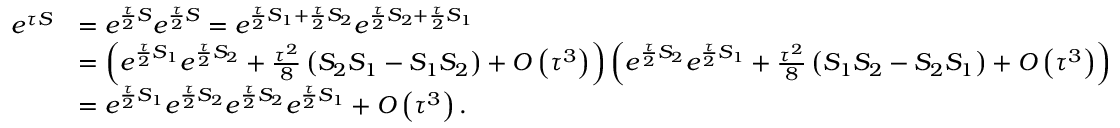
\begin{array} { r l } { e ^ { \tau S } } & { = e ^ { \frac { \tau } { 2 } S } e ^ { \frac { \tau } { 2 } S } = e ^ { \frac { \tau } { 2 } S _ { 1 } + \frac { \tau } { 2 } S _ { 2 } } e ^ { \frac { \tau } { 2 } S _ { 2 } + \frac { \tau } { 2 } S _ { 1 } } } \\ & { = \left( e ^ { \frac { \tau } { 2 } S _ { 1 } } e ^ { \frac { \tau } { 2 } S _ { 2 } } + \frac { \tau ^ { 2 } } { 8 } \left( S _ { 2 } S _ { 1 } - S _ { 1 } S _ { 2 } \right) + O \left( \tau ^ { 3 } \right) \right) \left( e ^ { \frac { \tau } { 2 } S _ { 2 } } e ^ { \frac { \tau } { 2 } S _ { 1 } } + \frac { \tau ^ { 2 } } { 8 } \left( S _ { 1 } S _ { 2 } - S _ { 2 } S _ { 1 } \right) + O \left( \tau ^ { 3 } \right) \right) } \\ & { = e ^ { \frac { \tau } { 2 } S _ { 1 } } e ^ { \frac { \tau } { 2 } S _ { 2 } } e ^ { \frac { \tau } { 2 } S _ { 2 } } e ^ { \frac { \tau } { 2 } S _ { 1 } } + O \left( \tau ^ { 3 } \right) . } \end{array}